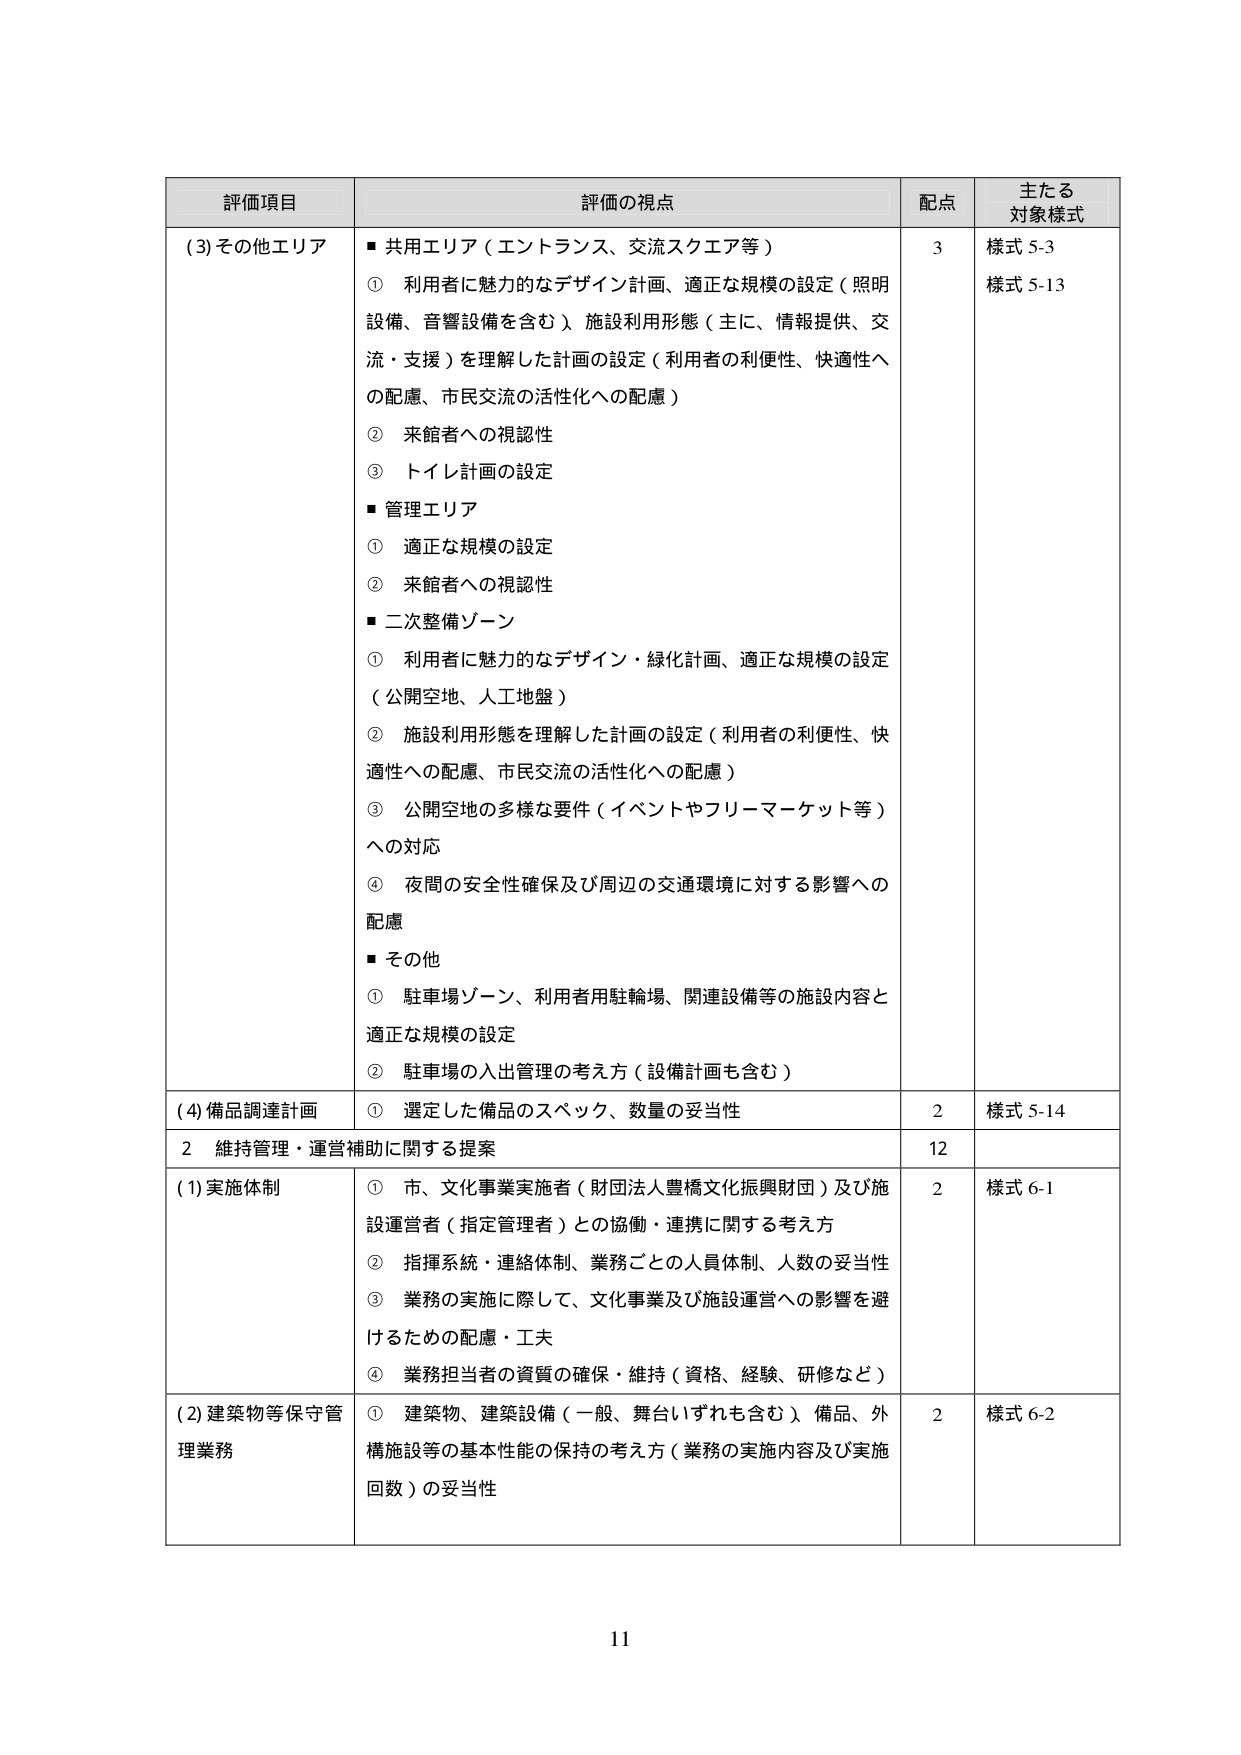
評価項目 評価の視点 配点 主たる対象様式 (3)その他エリア ■共用エリア（エントランス、交流スクエア等） ① 利用者に魅力的なデザイン計画、適正な規模の設定（照明設備、音響設備を含む）、施設利用形態（主に、情報提供、交流・支援）を理解した計画の設定（利用者の利便性、快適性への配慮、市民交流の活性化への配慮） ② 来館者への視認性 ③ トイレ計画の設定 ■管理エリア ① 適正な規模の設定 ② 来館者への視認性 ■二次整備ゾーン ① 利用者に魅力的なデザイン・緑化計画、適正な規模の設定（公開空地、人工地盤） ② 施設利用形態を理解した計画の設定（利用者の利便性、快適性への配慮、市民交流の活性化への配慮） ③ 公開空地の多様な要件（イベントやフリーマーケット等）への対応 ④ 夜間の安全性確保及び周辺の交通環境に対する影響への配慮 ■その他 ① 駐車場ゾーン、利用者用駐輪場、関連設備等の施設内容と適正な規模の設定 ② 駐車場の入出管理の考え方（設備計画も含む） 3 様式 5-3 様式 5-13 (4)備品調達計画 ① 選定した備品のスペック、数量の妥当性 2 様式 5-14 2 維持管理・運営補助に関する提案 12 (1)実施体制 ① 市、文化事業実施者（財団法人豊橋文化振興財団）及び施設運営者（指定管理者）との協働・連携に関する考え方 ② 指揮系統・連絡体制、業務ごとの人員体制、人数の妥当性 ③ 業務の実施に際して、文化事業及び施設運営への影響を避けるための配慮・工夫 ④ 業務担当者の資質の確保・維持（資格、経験、研修など） 2 様式 6-1 (2)建築物等保守管理業務 ① 建築物、建築設備（一般、舞台いずれも含む）、備品、外構施設等の基本性能の保持の考え方（業務の実施内容及び実施回数）の妥当性 2 様式 6-2 11